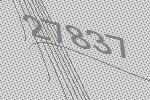
27837